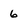
Character: 6